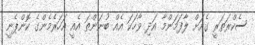
ސެކްރަތަރީ ގެއަށް ލާފަމަންމާ އަދި ވާހަކަ އެއް ބުނަންތަ އެއީ އަހަރެމެންގެ ކޮންޕެނީ